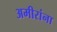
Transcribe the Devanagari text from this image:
अमीरांना